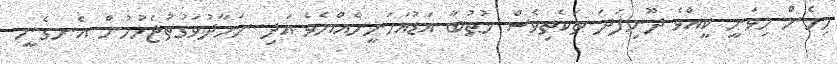
މިހެން މިވަނީ ކީއްވެ ދޫނިފަދަ ތަކެތިވެސް ޚުޠުބާ އަޑުއަހަނީހެއްޔެވެ އަދި ނަމާދުވަގުތުޖެހުމުން އެނގެނީ